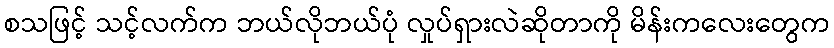
စသဖြင့် သင့်လက်က ဘယ်လိုဘယ်ပုံ လှုပ်ရှားလဲဆိုတာကို မိန်းကလေးတွေက